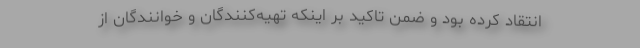
انتقاد کرده بود و ضمن تاکید بر اینکه تهیه‌کنندگان و خوانندگان از